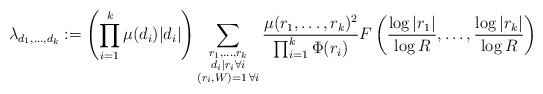
\begin{align*}\lambda_{d_1, \ldots, d_k} := \left(\prod_{i = 1}^k \mu(d_i)|d_i|\right) \sum_{\substack{r_1, \ldots, r_k \\ d_i \mid r_i \forall i \\ (r_i, W) = 1 \, \forall i}} \frac{\mu(r_1, \ldots, r_k)^2}{\prod_{i=1}^k \Phi(r_i)} F\left(\frac{\log|r_1|}{\log R}, \ldots, \frac{\log|r_k|}{\log R}\right)\end{align*}